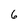
Character: 6